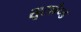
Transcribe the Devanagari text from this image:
सूटलैण्ड